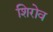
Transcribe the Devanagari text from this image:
शिरोव